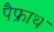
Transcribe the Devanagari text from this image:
पैफ्राथ